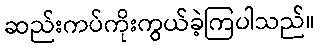
ဆည်းကပ်ကိုးကွယ်ခဲ့ကြပါသည်။